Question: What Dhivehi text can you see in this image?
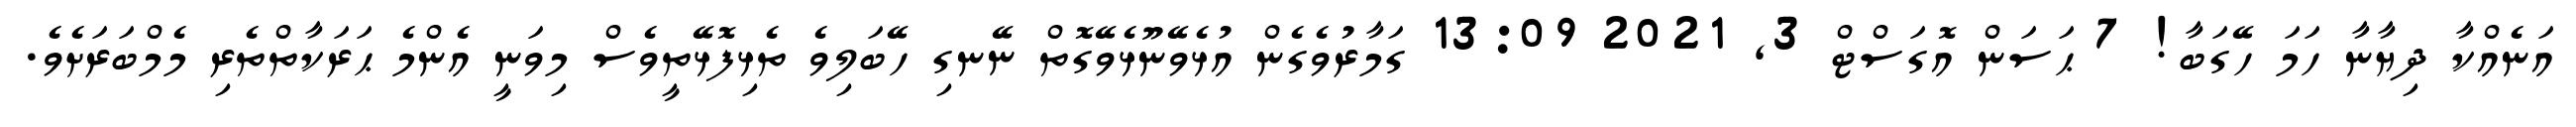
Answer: އަނެއްކާ ދިޔާނާ ހަމަ ހޭގަބާ! 7 ޙަސަން އޮގަސްޓް 3, 2021 13:09 ގަމާރުވެގެން އުޅެވޭނޫޅެވޭގޮތް ނޭނގި ހޭބަލިވެ ތެޅިފޮޅޭތީވެސް މިވަނީ އެންމެ ޙަރަކާތްތެރި މެމްބަރަށެވެ.